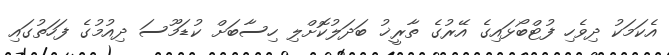
އެކަމަކު ދިވެހި ފުޓްބޯޅައިގެ އޭރުގެ ތާރީޚު ބަދަލުކޮށްލި ހިސާބަށް ކުޑަމޫސަ ދިއުމުގެ ފަހަތުގައި